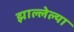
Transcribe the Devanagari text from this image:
झाल्लेल्या